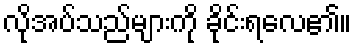
လိုအပ်သည်များကို ခိုင်းရလေ၏။